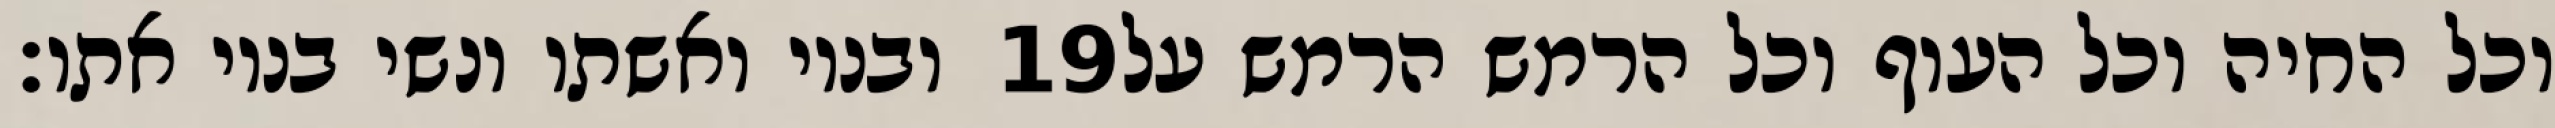
ובניו ואשתו ונשי בניו אתו׃ ‎19‏ וכל החיה וכל העוף וכל הרמש הרמש על